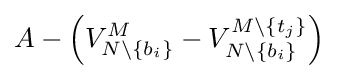
A-\left(V_{N\setminus \{b_{i}\}}^{M}-V_{N\setminus \{b_{i}\}}^{M\setminus \{t_{j}\}}\right)